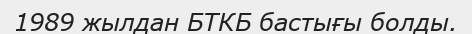
1989 жылдан БТКБ бастығы болды.